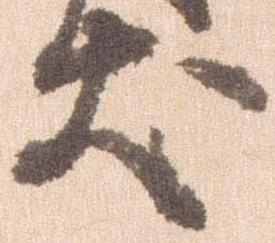
犬